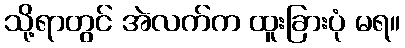
သို့ရာတွင် အဲလက်က ထူးခြားပုံ မရ။